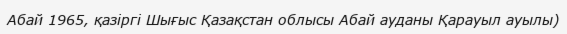
Абай 1965, қазіргі Шығыс Қазақстан облысы Абай ауданы Қарауыл ауылы)